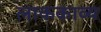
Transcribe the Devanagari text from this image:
लाककाव्य